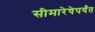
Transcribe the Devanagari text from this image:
सीमारेषेपर्यंत